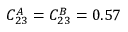
C _ { 2 3 } ^ { A } = C _ { 2 3 } ^ { B } = 0 . 5 7